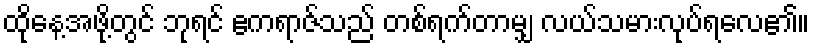
ထိုနေ့အဖို့တွင် ဘုရင် ဧကရာဇ်သည် တစ်ရက်တာမျှ လယ်သမားလုပ်ရလေ၏။